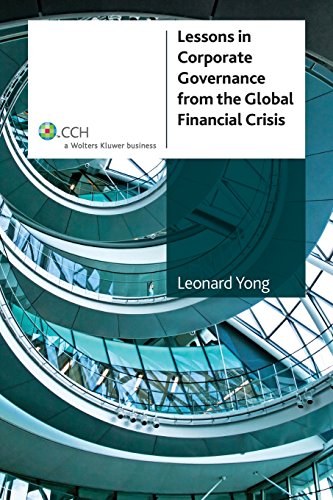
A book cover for Lessons in Corporate Governance from the Global Financial Crisis; Yong L P; Business & Money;